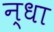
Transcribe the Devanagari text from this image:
न्धा